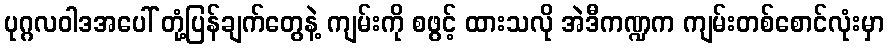
ပုဂ္ဂလဝါဒအပေါ် တုံ့ပြန်ချက်တွေနဲ့ ကျမ်းကို စဖွင့် ထားသလို အဲဒီကဏ္ဍက ကျမ်းတစ်စောင်လုံးမှာ